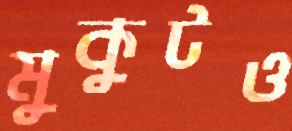
মুকুটও